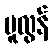
မူလွန်